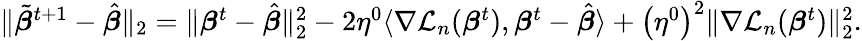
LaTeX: \begin{array}{r}{\| \tilde{\boldsymbol{\beta}}^{t+1}-\hat{\boldsymbol{\beta}}\| _{2}=\| {\boldsymbol{\beta}}^{t}-\hat{\boldsymbol{\beta}}\| _{2}^{2}-2\eta^{0}\langle\nabla{\mathcal L}_{n}({\boldsymbol{\beta}}^{t}),{\boldsymbol{\beta}}^{t}-\hat{\boldsymbol{\beta}}\rangle+\left(\eta^{0}\right)^{2}\| \nabla{\mathcal L}_{n}({\boldsymbol{\beta}}^{t})\| _{2}^{2}.}\end{array}